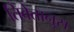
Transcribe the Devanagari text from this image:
तिबेतानुस